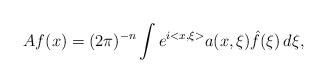
LaTeX: \begin{align*}Af(x) = (2\pi)^{-n} \int e^{i<x,\xi>} a(x,\xi) \hat{f}(\xi) \, d\xi,\end{align*}